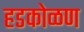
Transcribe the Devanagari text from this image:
हडकोळण